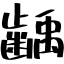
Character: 齲